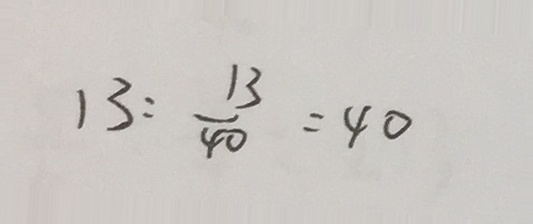
1 3 : \frac { 1 3 } { 4 0 } = 4 0